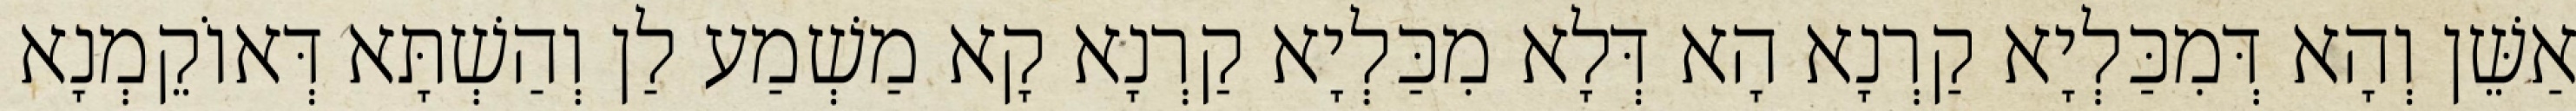
אַשֵּׁן וְהָא דְּמִכַּלְיָא קַרְנָא הָא דְּלָא מִכַּלְיָא קַרְנָא קָא מַשְׁמַע לַן וְהַשְׁתָּא דְּאוֹקֵמְנָא